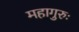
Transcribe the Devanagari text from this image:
महागुरुः